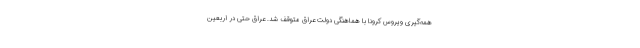
همه‌گیری ویروس کرونا با هماهنگی دولت عراق متوقف شد. عراق حتی در اربعین